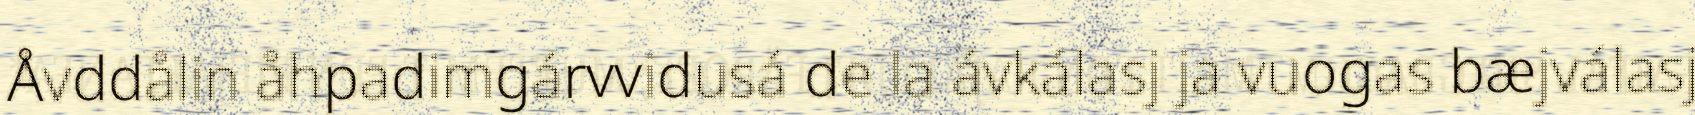
Åvddålin åhpadimgárvvidusá de la ávkálasj ja vuogas bæjválasj